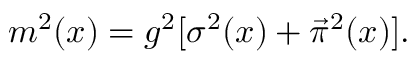
m ^ { 2 } ( x ) = g ^ { 2 } [ \sigma ^ { 2 } ( x ) + \vec { \pi } ^ { 2 } ( x ) ] .